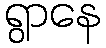
ရွာနေ